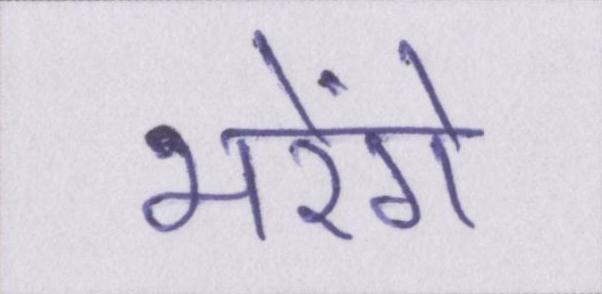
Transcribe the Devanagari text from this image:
भरेंगे